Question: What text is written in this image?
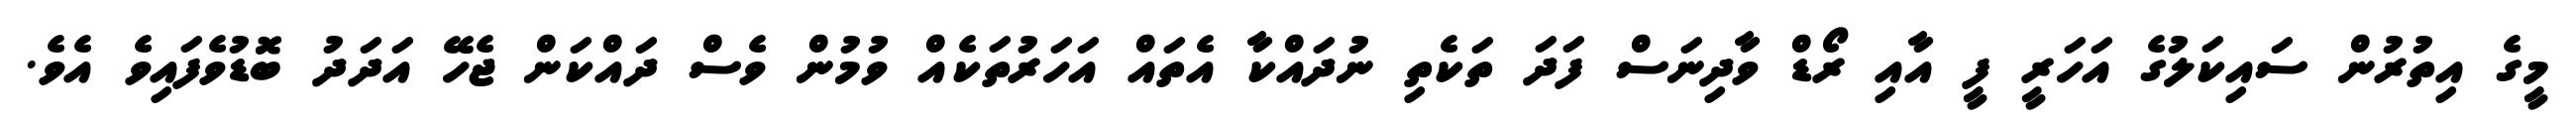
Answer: މީގެ އިތުރުން ސައިކަލުގެ އަހަރީ ފީ އާއި ރޯޑް ވާދިނަސް ފަދަ ތަކެތި ނުދައްކާ އެތައް އަހަރުތަކެއް ވުމުން ވެސް ދައްކަން ޖެހޭ އަދަދު ބޮޑުވެފައިވެ އެވެ.